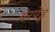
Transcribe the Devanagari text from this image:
येरपेडु